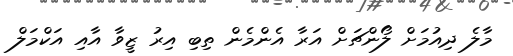
މާލެ ދިއުމަށް ލޯންޗަށް އަރާ އެންމެން ތިބި އިރު ޒީވާ އާއި އަކްމަލް